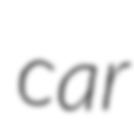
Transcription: car